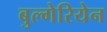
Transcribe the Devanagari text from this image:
बुल्गेरियेन